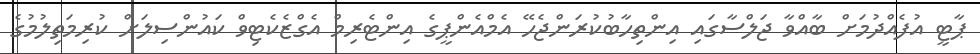
ޕާޓީ އުފެއްދުމަށް ބާއްވާ ޖަލްސާގައި އިންތިހާބުކުރަންޖެހޭ އެމްއެންޕީގެ އިންޓެރިމް އެގްޒެކެޓިވް ކައުންސިލަށް ކުރިމަތިލުމުގެ